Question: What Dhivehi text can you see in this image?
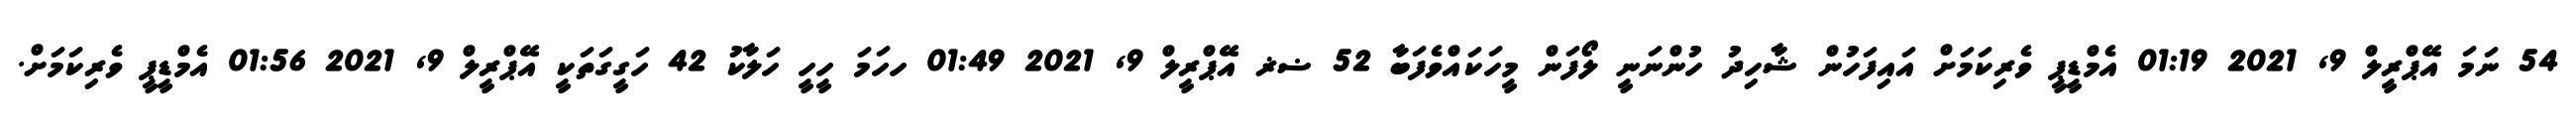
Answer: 54 ނަމަ އޭޕްރީލް 9, 2021 01:19 އެމްޑީޕީ ވެރިކަމަށް އައިފަހުން ޝާހިދު ހުންނަނީ ލޯފަން މީހަކައްވެފަބާ 52 ޟޜ އޭޕްރީލް 9, 2021 01:49 ހހަމަ ހީހީ ހަލާކު 42 ހަގީގަތަކީ އޭޕްރީލް 9, 2021 01:56 އެމްޑީޕީ ވެރިކަމަށް.